Reports on military cantonments and civil stations in the Presidency of Bombay inspected by the Sanitary Commissioner in the years 1875 and 1876
Year: 1875
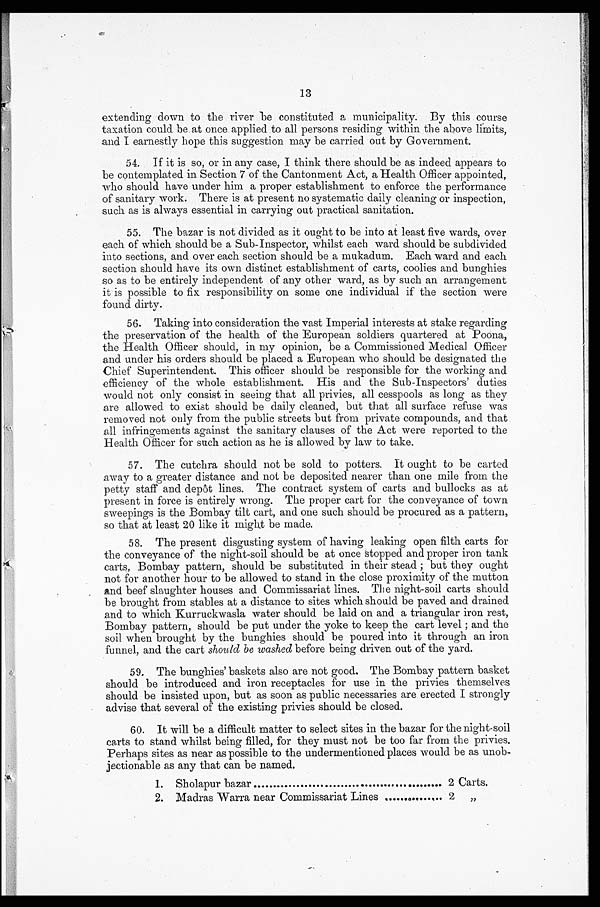
13
extending down to the river be constituted a municipality. By this course
taxation could be at once applied to all persons residing within the above limits,
and I earnestly hope this suggestion may be carried out by Government.
54. If it is so, or in any case, I think there should be as indeed appears to
be contemplated in Section 7 of the Cantonment Act, a Health Officer appointed,
who should have under him a proper establishment to enforce the performance
of sanitary work. There is at present no systematic daily cleaning or inspection,
such as is always essential in carrying out practical sanitation.
55. The bazar is not divided as it ought to be into at least five wards, over
each of which should be a Sub-Inspector, whilst each ward should be subdivided
into sections, and over each section should be a mukadum. Each ward and each
section should have its own distinct establishment of carts, coolies and bunghies
so as to be entirely independent of any other ward, as by such an arrangement
it is possible to fix responsibility on some one individual if the section were
found dirty.
56. Taking into consideration the vast Imperial interests at stake regarding
the preservation of the health of the European soldiers quartered at Poona,
the Health Officer should, in my opinion, be a Commissioned Medical Officer
and under his orders should be placed a European who should be designated the
Chief Superintendent. This officer should be responsible for the working and
efficiency of the whole establishment. His and the Sub-Inspectors' duties
would not only consist in seeing that all privies, all cesspools as long as they
are allowed to exist should be daily cleaned, but that all surface refuse was
removed not only from the public streets but from private compounds, and that
all infringements against the sanitary clauses of the Act were reported to the
Health Officer for such action as he is allowed by law to take.
57. The cutchra should not be sold to potters. It ought to be carted
away to a greater distance and not be deposited nearer than one mile from the
petty staff and depot lines. The contract system of carts and bullocks as at
present in force is entirely wrong. The proper cart for the conveyance of town
sweepings is the Bombay tilt cart, and one such should be procured as a pattern,
so that at least 20 like it might be made.
58. The present disgusting system of having leaking open filth carts for
the conveyance of the night-soil should be at once stopped and proper iron tank
carts, Bombay pattern, should be substituted in their stead ; but they ought
not for another hour to be allowed to stand in the close proximity of the mutton
and beef slaughter houses and Commissariat lines. The night-soil carts should
be brought from stables at a distance to sites which should be paved and drained
and to which Kurruckwasla water should be laid on and a triangular iron rest,
Bombay pattern, should be put under the yoke to keep the cart level ; and the
soil when brought by the bunghies should be poured into it through an iron
funnel, and the cart should be washed before being driven out of the yard.
59. The bunghies' baskets also are not good. The Bombay pattern basket
should be introduced and iron receptacles for use in the privies themselves
should be insisted upon, but as soon as public necessaries are erected I strongly
advise that several of the existing privies should be closed.
60. It will be a difficult matter to select sites in the bazar for the night-soil
carts to stand whilst being filled, for they must not be too far from the privies.
Perhaps sites as near as possible to the undermentioned places would be as unob-
jectionable as any that can be named.
1. Sholapur bazar
2 Carts.
2. Madras Warra near Commissariat Lines
2 „